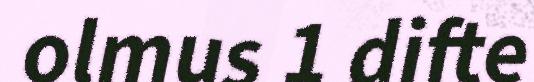
olmus 1 difte